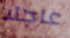
عاجلا